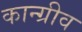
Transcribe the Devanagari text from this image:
कान्ग्रीव